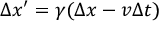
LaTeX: \Delta x ^ { \prime } = \gamma ( \Delta x - v \Delta t )